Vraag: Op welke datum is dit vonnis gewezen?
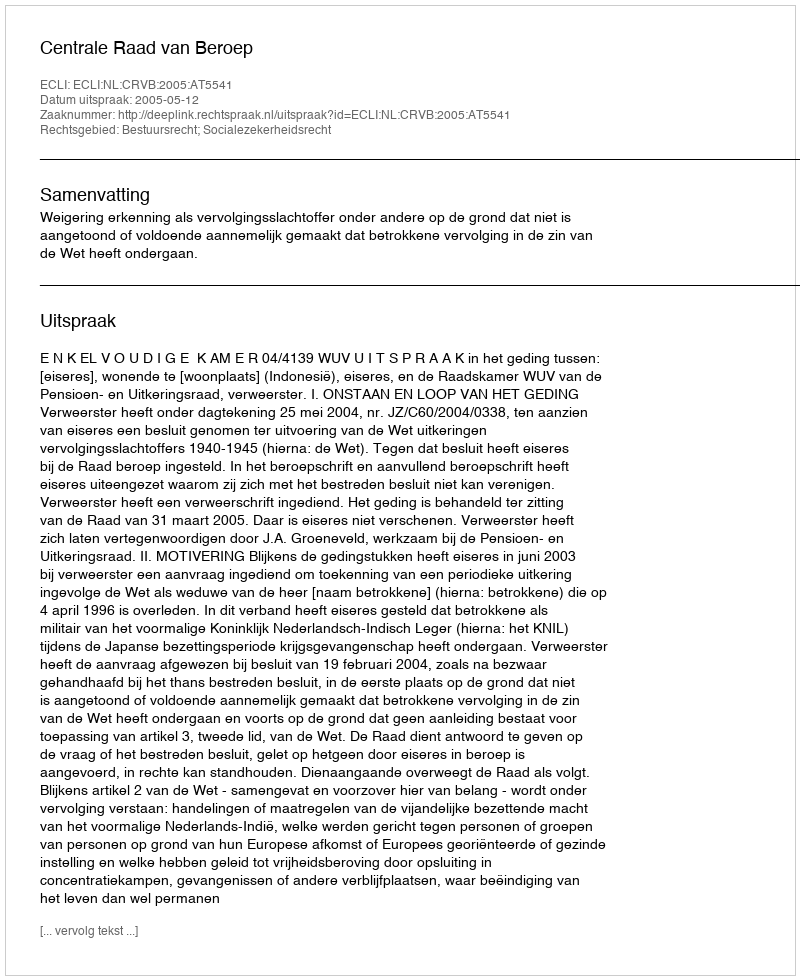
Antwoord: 2005-05-12